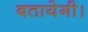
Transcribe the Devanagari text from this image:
बतायेगी।